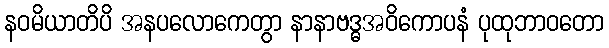
နဝမိယာတိပိ အနပလောကေတွာ နာနာဗဒ္ဓအဝိကောပနံ ပုထုဘာဝတော